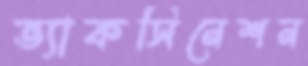
ভ্যাকসিনেশন